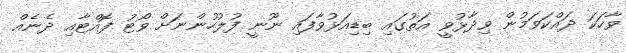
ވާހަކަ ދައްކަވަމުން ވިދާޅުވީ އަތުގައި ބިޑިއަޅުވާފައި ނޫނީ ފުލުހުންނަށް ވޯޓު ފޮއްޓާއި ދެނެއް